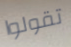
تقولوا